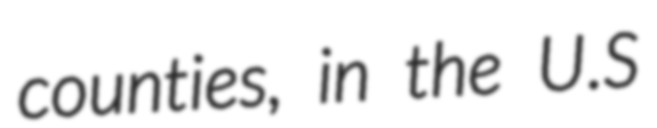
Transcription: counties, in the U.S